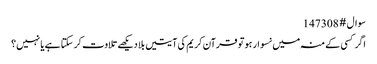
سوال # 147308
اگر کسی کے منہ میں نسوار ہو تو قرآن کریم کی آیتیں بلا دیکھے تلاوت کر سکتا ہے یا نہیں؟